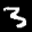
Label: 3